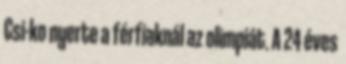
Csi-ko nyerte a férfiaknál az olimpiát. A 24 éves